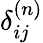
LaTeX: \delta_{ij}^{(n)}